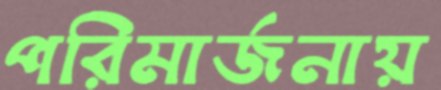
পরিমার্জনায়